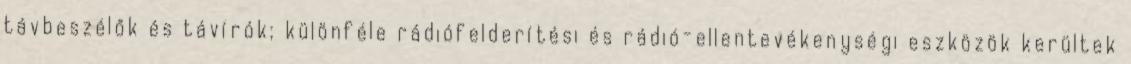
távbeszélők és távírók; különféle rádiófelderítési és rádió-ellentevékenységi eszközök kerültek